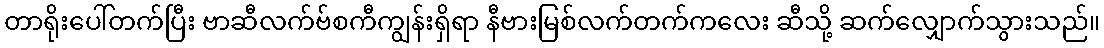
တာရိုးပေါ်တက်ပြီး ဗာဆီလက်ဗ်စကီကျွန်းရှိရာ နီဗားမြစ်လက်တက်ကလေး ဆီသို့ ဆက်လျှောက်သွားသည်။